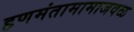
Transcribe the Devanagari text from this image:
हणमंतामामाजवळ